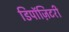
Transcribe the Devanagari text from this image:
डिपॉज़िटरी